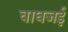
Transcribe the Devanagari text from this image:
वाघजई